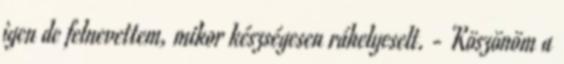
igen de felnevettem, mikor készségesen ráhelyeselt. - Köszönöm a